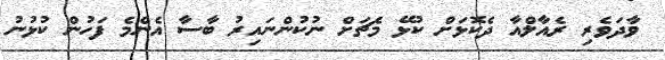
ވާދަވެރި ރެއާލްއާ ދެކޮޅަށް ކުޅޭ މެޗަށް ނުކުންނައިރު ބާސާ އެންމެ ފަހުން ކުޅުނު